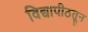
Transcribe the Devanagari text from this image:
विद्यापीठतून